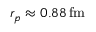
r _ { p } \approx 0 . 8 8 \, \mathrm { f m }